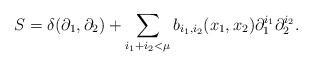
LaTeX: \begin{align*}S = \delta(\partial_1, \partial_2) + \sum\limits_{i_1 + i_2 < \mu} b_{i_1, i_2}(x_1, x_2) \partial_1^{i_1} \partial_2^{i_2}.\end{align*}